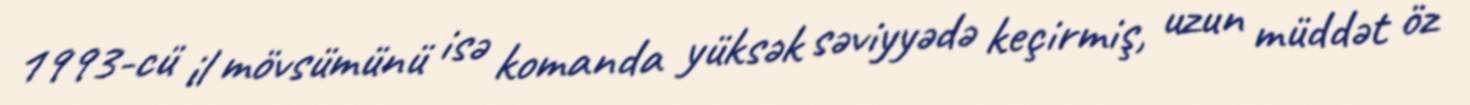
1993-cü il mövsümünü isə komanda yüksək səviyyədə keçirmiş, uzun müddət öz